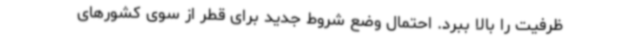
ظرفیت را بالا ببرد. احتمال وضع شروط‌ جدید برای قطر از سوی کشورهای